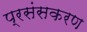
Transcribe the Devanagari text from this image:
प्रसंसकरण